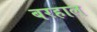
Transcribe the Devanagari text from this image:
बरहाल